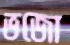
ভজো